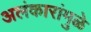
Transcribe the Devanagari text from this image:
अलंकारांमुळे